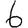
Digit: 6